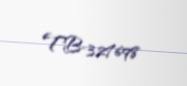
TB-327698